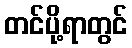
တင်ပို့ရာတွင်